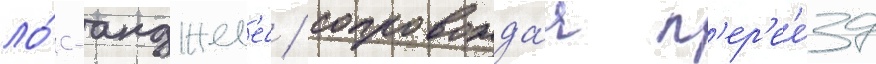
ло́с-анджел'ес / сопровожда́я п'ер'ее́зд